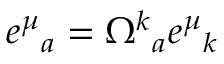
e ^ { \mu } { } _ { a } = \Omega ^ { k } { } _ { a } e ^ { \mu } { } _ { k }